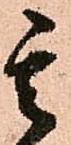
其